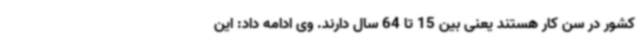
کشور در سن کار هستند یعنی بین 15 تا 64 سال دارند. وی ادامه داد: این